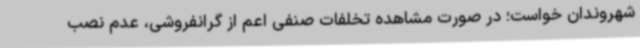
شهروندان خواست؛ در صورت مشاهده تخلفات صنفی اعم از گرانفروشی، عدم نصب